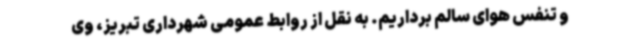
و تنفس هوای سالم برداریم. به نقل از روابط عمومی شهرداری تبریز، وی